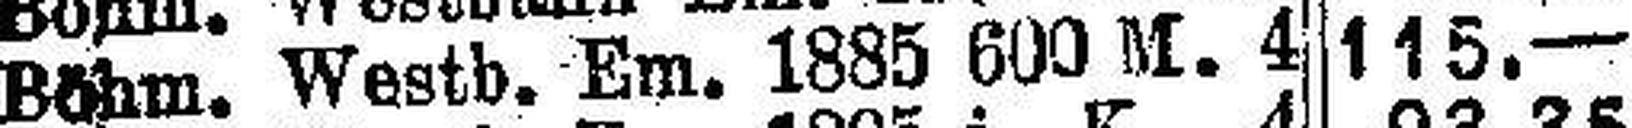
Böhm. Westb. Em. 1885 600 M. 4